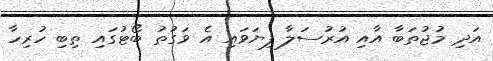
އަދި މުޖުތަބާ އާއި އުރުސަލާ ފިޔަވައި އެ ވަގުތު ބޯޓުގައި ތިބި ހުރިހާ